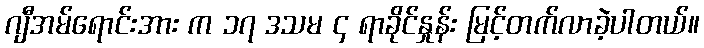
ဂျီအမ်ရောင်းအား က ၁၇ ဒသမ ၄ ရာခိုင်နှုန်း မြင့်တက်လာခဲ့ပါတယ်။